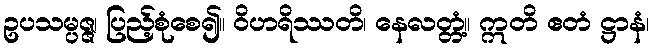
ဥပသမ္ပဇ္ဇ၊ ပြည့်စုံစေ၍။ ဝိဟရိဿတိ၊ နေလတ္တံ့။ ဣတိ ဧတံ ဋ္ဌာနံ၊